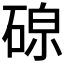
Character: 𪿧